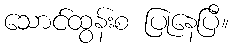
သောင်ထွန်းစ ပြုနေပြီ။